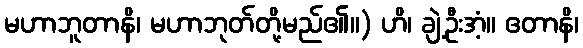
မဟာဘူတာနိ၊ မဟာဘုတ်တို့မည်၏။) ဟိ၊ ချဲ့ဦးအံ့။ ဧတာနိ၊